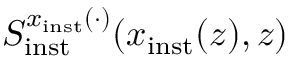
S _ { \mathrm { i n s t } } ^ { x _ { \mathrm { i n s t } } ( \cdot ) } ( x _ { \mathrm { i n s t } } ( z ) , z )